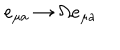
e _ { \mu a } \rightarrow \Omega e _ { \mu a }